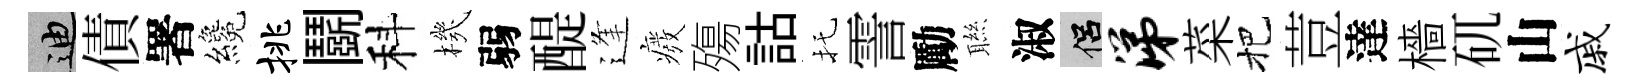
迪債署纔挑鬬科機弱醍逢癈殤詁托霅勵聮淑侣涕菜把荳達檣矹山戚